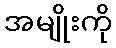
အမျိုးကို